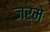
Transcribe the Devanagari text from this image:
जर्मे